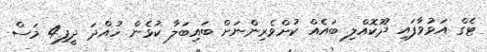
ޓެގް އަޅުވާފައި ދޫކޮއްލި ބައެއް ކުށްވެރިންނަށް ބައިބަލާ ކުޅެން ހުއްދަ ދީފި4 މަސް